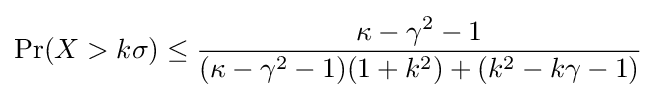
\Pr(X>k\sigma )\leq {\frac {\kappa -\gamma ^{2}-1}{(\kappa -\gamma ^{2}-1)(1+k^{2})+(k^{2}-k\gamma -1)}}